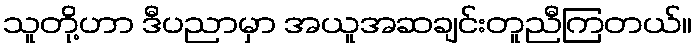
သူတို့ဟာ ဒီပညာမှာ အယူအဆချင်းတူညီကြတယ်။